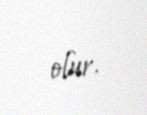
olur.